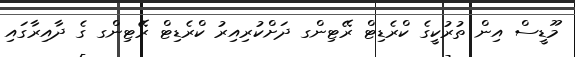
މޫޑީސް އިން ތުރުކީގެ ކްރެޑިޓް ރޭޓިންގ ދަށްކުރިއިރު ކްރެޑިޓް ރޭޓިންގ ގެ ދާއިރާގައި